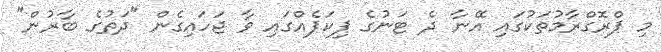
މި ޕްރޮގްރާމުތަކުގައި އޭނާ ދެ ޓަނުގެ ޕިކަޕެއްގައި ވާ ޖަހައިގެން "ދަތުގެ ބާރުން"